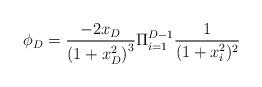
LaTeX: \begin{align*}\phi_D=\frac{-2x_D}{\left(1+x_D^2 \right)^3 }\Pi_{i=1}^{D-1}\frac{1}{(1+x_i^2)^2}\end{align*}